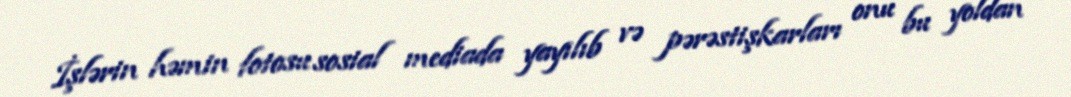
İşlərin həmin fotosu sosial mediada yayılıb və pərəstişkarları onu bu yoldan